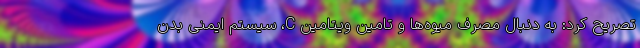
تصریح کرد: به دنبال مصرف میوه‌ها و تامین ویتامین C، سیستم ایمنی بدن